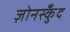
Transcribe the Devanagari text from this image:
ज़ोनस्कुँद